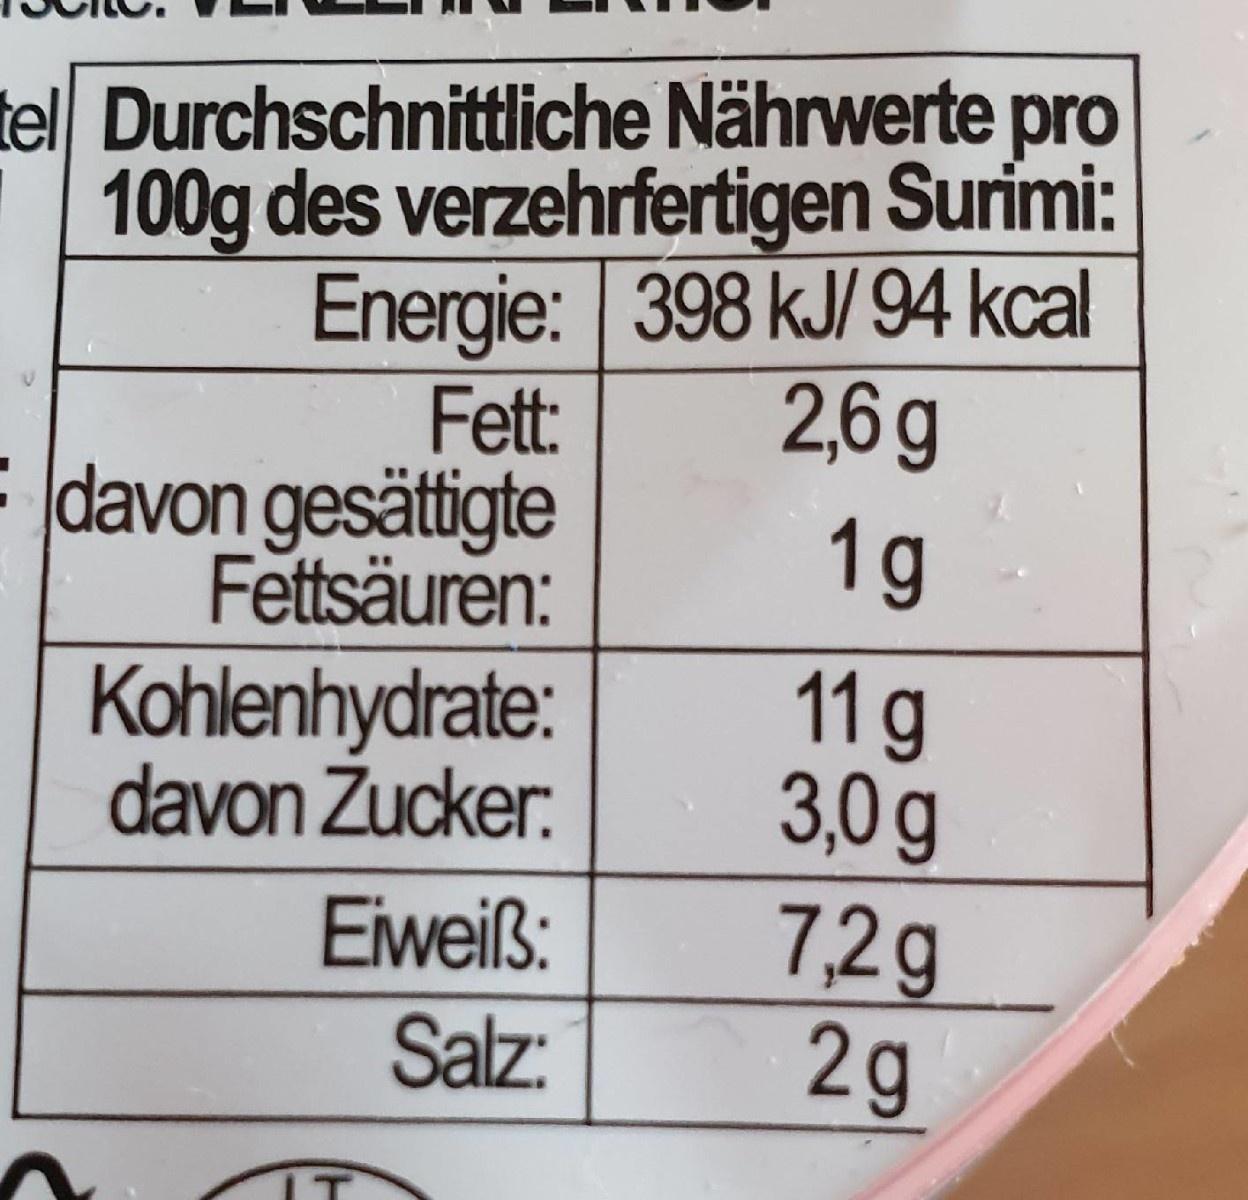
tel Durchschnittliche Nährwerte pro 100g des verzehrfertigen Surimi: Energie: 398 kJ/94 kcal Fett: davon gesättigte Fettsäuren:
2,6 g
1g
11g 3,0 g 7,2g 2g
Kohlenhydrate: davon Zucker:
Eiweiß:
Salz:
IT